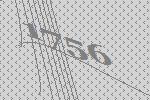
1756